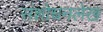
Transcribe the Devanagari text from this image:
संशोधनलेख